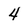
Character: 4